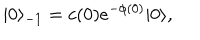
| 0 \rangle _ { - 1 } = c ( 0 ) e ^ { - \phi ( 0 ) } | 0 \rangle ,